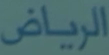
الرياض